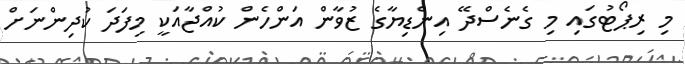
މި ރިޕޯޓުގައި މި ގެނެސްދޭ އިންޑިޔާގެ ޒުވާން އަންހެން ކުއްޖާއަކީ މިފަދަ ކުދިންނަށް